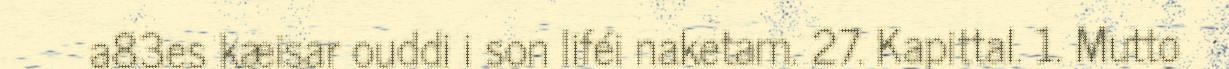
a83es kæisar ouddi i son liféi naketam. 27. Kapittal. 1. Mutto